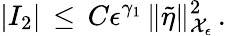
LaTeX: |I_{2}|\, \le\, C\epsilon^{\gamma_{1}}\, \| \tilde{\eta}\| _{\mathcal{X}_{\epsilon}}^{2}\, .